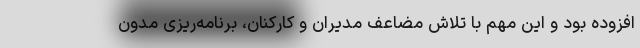
افزوده بود و این مهم با تلاش مضاعف مدیران و کارکنان، برنامه‌ریزی مدون